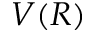
V ( R )